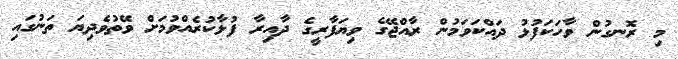
މި ރޮނގުން ވާހަކަފުޅު ދައްކަވަމުން ރާއްޖޭގެ ވިޔަފާރީގެ ދާއިރާ ފުޅާކުރެއްވުމަށް ވޭތުވެދިޔަ ތަނުގައި